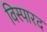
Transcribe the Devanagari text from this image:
विस्पारद